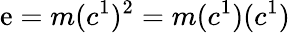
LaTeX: \mathrm{e}=m(c^{1})^{2}=m(c^{1})(c^{1})